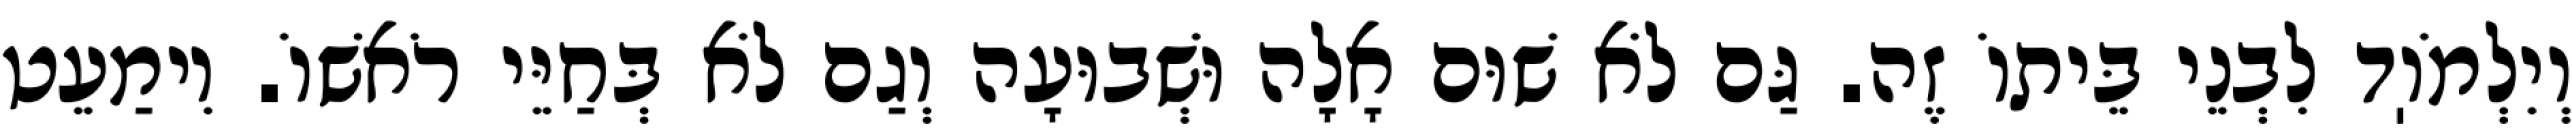
וְיִלְמֹוֽד לִבְנֵי בֵּיתוֹ זֶה. גַּם לֹא שׁוּם אָלָה וּשְׁבוּעָה וְגַם לֹא בְּחַיֵּי רֹאשׁוֹ. וִימַעֵט